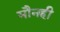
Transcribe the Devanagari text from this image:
मौनही